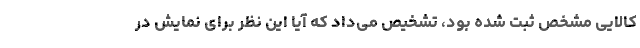
کالایی مشخص ثبت شده بود، تشخیص می‌داد که آیا این نظر برای نمایش در